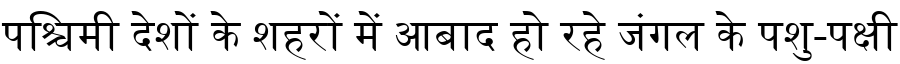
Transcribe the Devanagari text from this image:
पश्चिमी देशों के शहरों में आबाद हो रहे जंगल के पशु-पक्षी